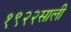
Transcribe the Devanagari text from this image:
१९२२साली